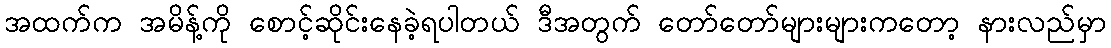
အထက်က အမိန့်ကို စောင့်ဆိုင်းနေခဲ့ရပါတယ် ဒီအတွက် တော်တော်များများကတော့ နားလည်မှာ